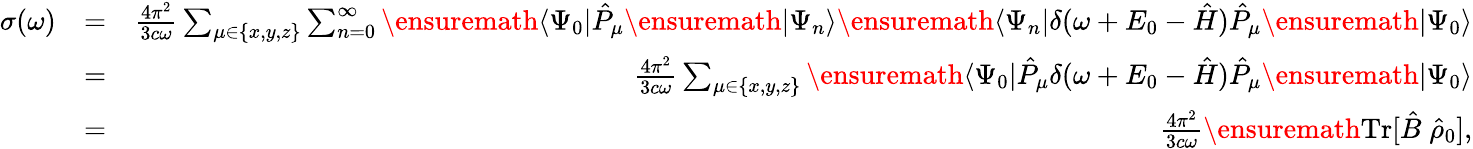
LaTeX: \begin{array}{rlr}{\sigma(\omega)}&{=}&{\frac{4\pi^{2}}{3c\omega}\sum_{\mu\in\{ x,y,z\} }\sum_{n=0}^{\infty}\ensuremath{\langle\Psi_{0}\vert}\hat{P}_{\mu}\ensuremath{\vert\Psi_{n}\rangle}\ensuremath{\langle\Psi_{n}\vert}\delta(\omega+E_{0}-\hat{H})\hat{P}_{\mu}\ensuremath{\vert\Psi_{0}\rangle}}\\ &{=}&{\frac{4\pi^{2}}{3c\omega}\sum_{\mu\in\{ x,y,z\} }\ensuremath{\langle\Psi_{0}\vert}\hat{P}_{\mu}\delta(\omega+E_{0}-\hat{H})\hat{P}_{\mu}\ensuremath{\vert\Psi_{0}\rangle}}\\ &{=}&{\frac{4\pi^{2}}{3c\omega}\ensuremath{\mathrm{Tr}}[\hat{B}\; \hat{\rho}_{0}],}\end{array}